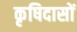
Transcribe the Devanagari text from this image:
कृषिदासों